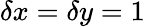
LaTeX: \delta x=\delta y=1